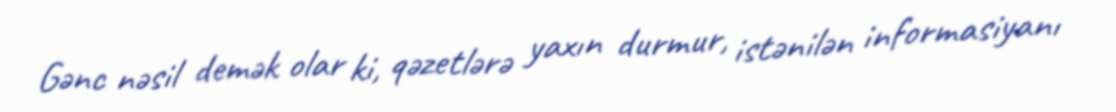
Gənc nəsil demək olar ki, qəzetlərə yaxın durmur, istənilən informasiyanı